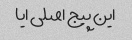
این پیج اصلی ایا